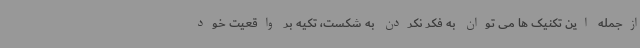
ازجمله این تکنیک ها می توان به فکر نکردن به شکست، تکیه بر واقعیت خود